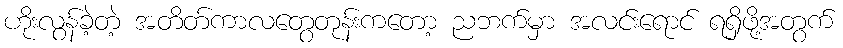
ဟိုးလွန်ခဲ့တဲ့ အတိတ်ကာလတွေတုန်းကတော့ ညဘက်မှာ အလင်းရောင် ရရှိဖို့အတွက်